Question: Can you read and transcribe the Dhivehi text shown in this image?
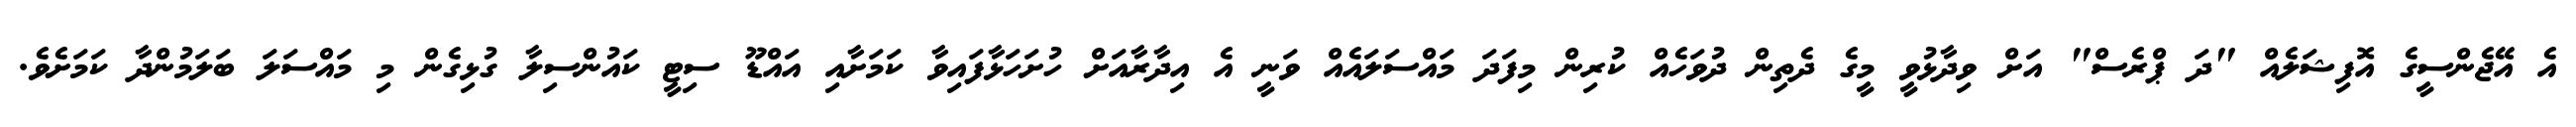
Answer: އެ އޭޖެންސީގެ އޮފިޝަލެއް "ދަ ޕްރެސް" އަށް ވިދާޅުވީ މީގެ ދެތިން ދުވަހެއް ކުރިން މިފަދަ މައްސަލައެއް ވަނީ އެ އިދާރާއަށް ހުށަހަޅާފައިވާ ކަމަށާއި އައްޑޫ ސިޓީ ކައުންސިލާ ގުޅިގެން މި މައްސަލަ ބަލަމުންދާ ކަމަށެވެ.